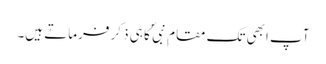
آپ ابھی تک مقام ِ نبی ؐ کا ہی ذکر فرماتے ہیں۔